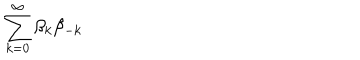
\sum _ { k = 0 } ^ { \infty } \beta _ { k } \beta _ { - k }